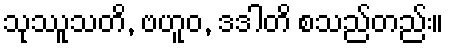
သုဿူသတိ, ဗဟူဝ, ဒဒါတိ စသည်တည်း။